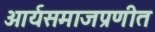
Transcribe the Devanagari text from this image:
आर्यसमाजप्रणीत